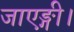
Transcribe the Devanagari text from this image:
जाएङ्गी।